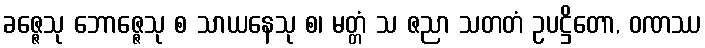
ခဇ္ဇေသု ဘောဇ္ဇေသု စ သာယနေသု စ၊ မတ္တံ သ ဇညာ သတတံ ဥပဋ္ဌိတော, ဝဏဿ